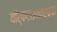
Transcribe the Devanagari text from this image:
यॉर्कटाउनवरच्या